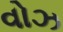
વોઝ